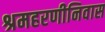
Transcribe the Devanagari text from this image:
श्रमहरणीनिवास